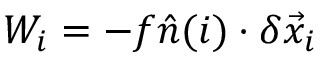
W _ { i } = - f \hat { n } ( i ) \cdot \delta \vec { x } _ { i }